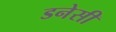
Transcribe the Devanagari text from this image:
डनेसी